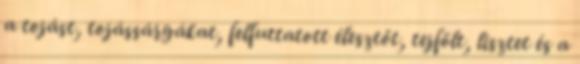
a tojást, tojássárgákat, felfuttatott élesztőt, tejfölt, lisztet és a